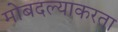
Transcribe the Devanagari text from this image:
मोबदल्याकरता